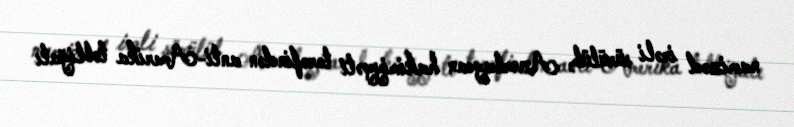
namizəd irəli sürülüb, Azərbaycan hakimiyyəti tərəfindən anti-Amerika təbliğatı